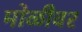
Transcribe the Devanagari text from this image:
मोळीवर